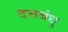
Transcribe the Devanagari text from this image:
दत्तबंधु